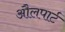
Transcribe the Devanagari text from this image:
औलपार्ट